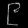
Digit: ၉